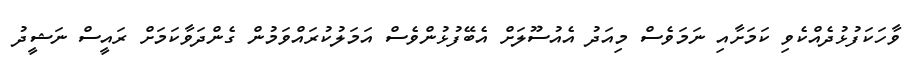
ވާހަކަފުޅުދެއްކެވި ކަމަށާއި ނަމަވެސް މިއަދު އެއުސޫލަށް އެބޭފުޅުންވެސް އަމަލުކުރައްވަމުން ގެންދަވާކަމަށް ރައީސް ނަޝީދު